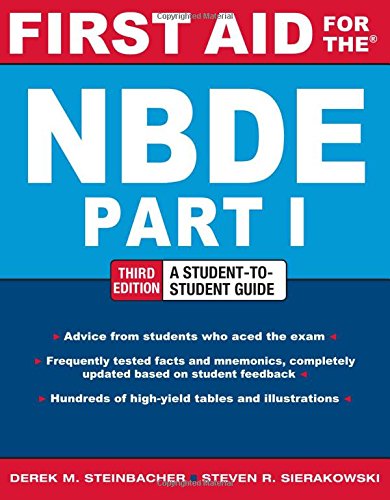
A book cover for First Aid for the NBDE Part 1, Third Edition (First Aid Series); Derek Steinbacher; Test Preparation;